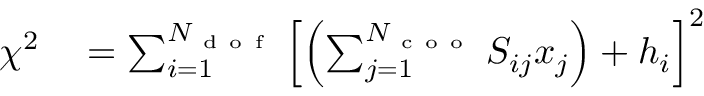
\begin{array} { r l } { \chi ^ { 2 } } & { { } = \sum _ { i = 1 } ^ { N _ { \mathrm { ~ d ~ o ~ f ~ } } } \left[ \left( \sum _ { j = 1 } ^ { N _ { \mathrm { ~ c ~ o ~ o ~ } } } S _ { i j } x _ { j } \right) + h _ { i } \right] ^ { 2 } } \end{array}